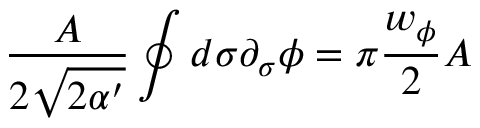
\frac { A } { 2 \sqrt { 2 \alpha ^ { \prime } } } \oint d \sigma \partial _ { \sigma } \phi = \pi \frac { w _ { \phi } } { 2 } A